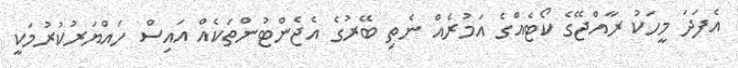
އެފަދަ މީހަކު ރާއްޖޭގެ ކޯޓެއްގެ އަމުރެއް ނެތި ބޭރުގެ އެޖެންޓުންތަކެއް އައިސް ހައްޔަރުކުރުމަކީ